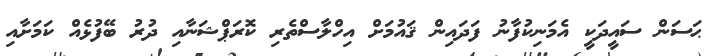
ޙަސަން ސައީދަކީ އެމަނިކުފާނު ފަދައިން ޤައުމަށް އިހްލާސްތެރި ކޮރަޕްޝަނާއި ދުރު ބޭފުޅެއް ކަމަށާއި